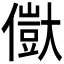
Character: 𠏥